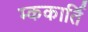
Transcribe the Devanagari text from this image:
म्ककार्ति